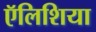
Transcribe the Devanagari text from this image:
ऍलिशिया